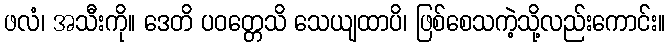
ဖလံ၊ အသီးကို။ ဒေတိ ပဝတ္တေသိ သေယျထာပိ၊ ဖြစ်စေသကဲ့သို့လည်းကောင်း။